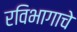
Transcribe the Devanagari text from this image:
रविभागाचे